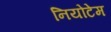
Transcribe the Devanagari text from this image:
नियोटेम